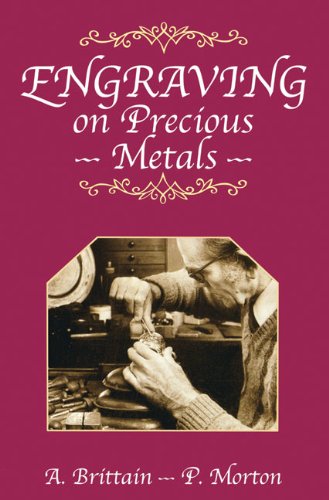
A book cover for Engraving on Precious Metals; A. Brittain; Crafts, Hobbies & Home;